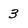
Character: 3